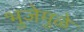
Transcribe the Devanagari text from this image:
भुजेमुळे